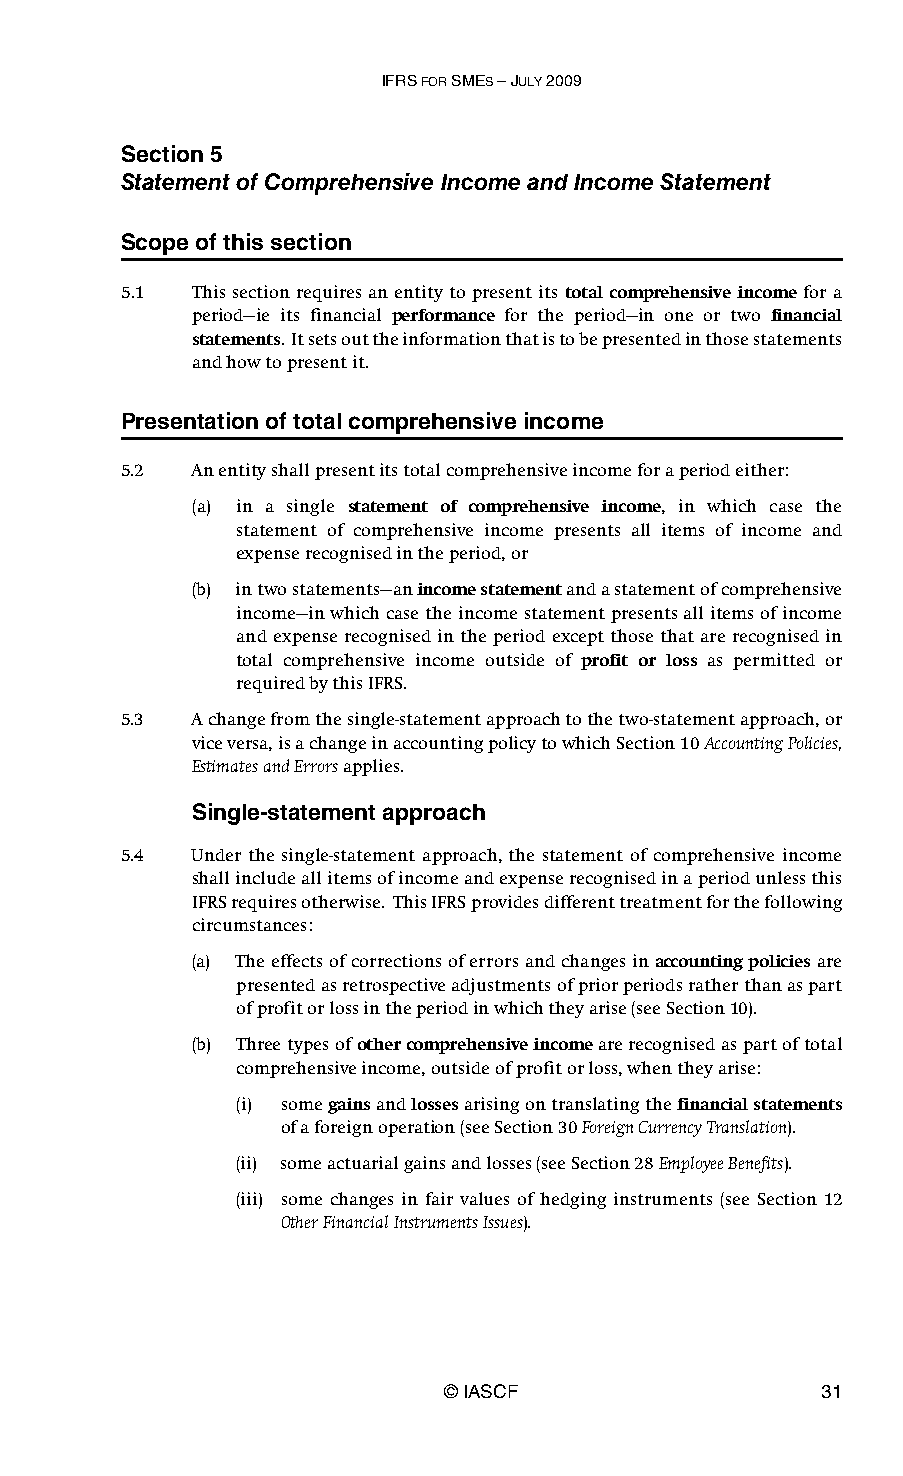
IFRS FOR SMES – JULY 2009
 Section 5
 Statement of Comprehensive Income and Income Statement
 Scope of this section
 5.1  This section requires an entity to present its total comprehensive income for a
 period—ie its financial performance for the period—in one or two financial
 statements. It sets out the information that is to be presented in those statements
 and how to present it.
 Presentation of total comprehensive income
 5.2  An entity shall present its total comprehensive income for a period either:
 (a) in a single statement of comprehensive income, in which case the
 statement of comprehensive income presents all items of income and
 expense recognised in the period, or
 (b) in two statements—an income statement and a statement of comprehensive
 income—in which case the income statement presents all items of income
 and expense recognised in the period except those that are recognised in
 total comprehensive income outside of profit or loss as permitted or
 required by this IFRS.
 5.3  A change from the single-statement approach to the two-statement approach, or
 vice versa, is a change in accounting policy to which Section 10 Accounting Policies,
 Estimates and Errors applies.
 Single-statement approach
 5.4  Under the single-statement approach, the statement of comprehensive income
 shall include all items of income and expense recognised in a period unless this
 IFRS requires otherwise. This IFRS provides different treatment for the following
 circumstances:
 (a) The effects of corrections of errors and changes in accounting policies are
 presented as retrospective adjustments of prior periods rather than as part
 of profit or loss in the period in which they arise (see Section 10).
 (b) Three types of other comprehensive income are recognised as part of total
 comprehensive income, outside of profit or loss, when they arise:
 (i) some gains and losses arising on translating the financial statements
 of a foreign operation (see Section 30 Foreign Currency Translation).
 (ii) some actuarial gains and losses (see Section 28 Employee Benefits).
 (iii) some changes in fair values of hedging instruments (see Section 12
 Other Financial Instruments Issues).
 © IASCF                  31